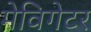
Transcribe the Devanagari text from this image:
मेविगेटर